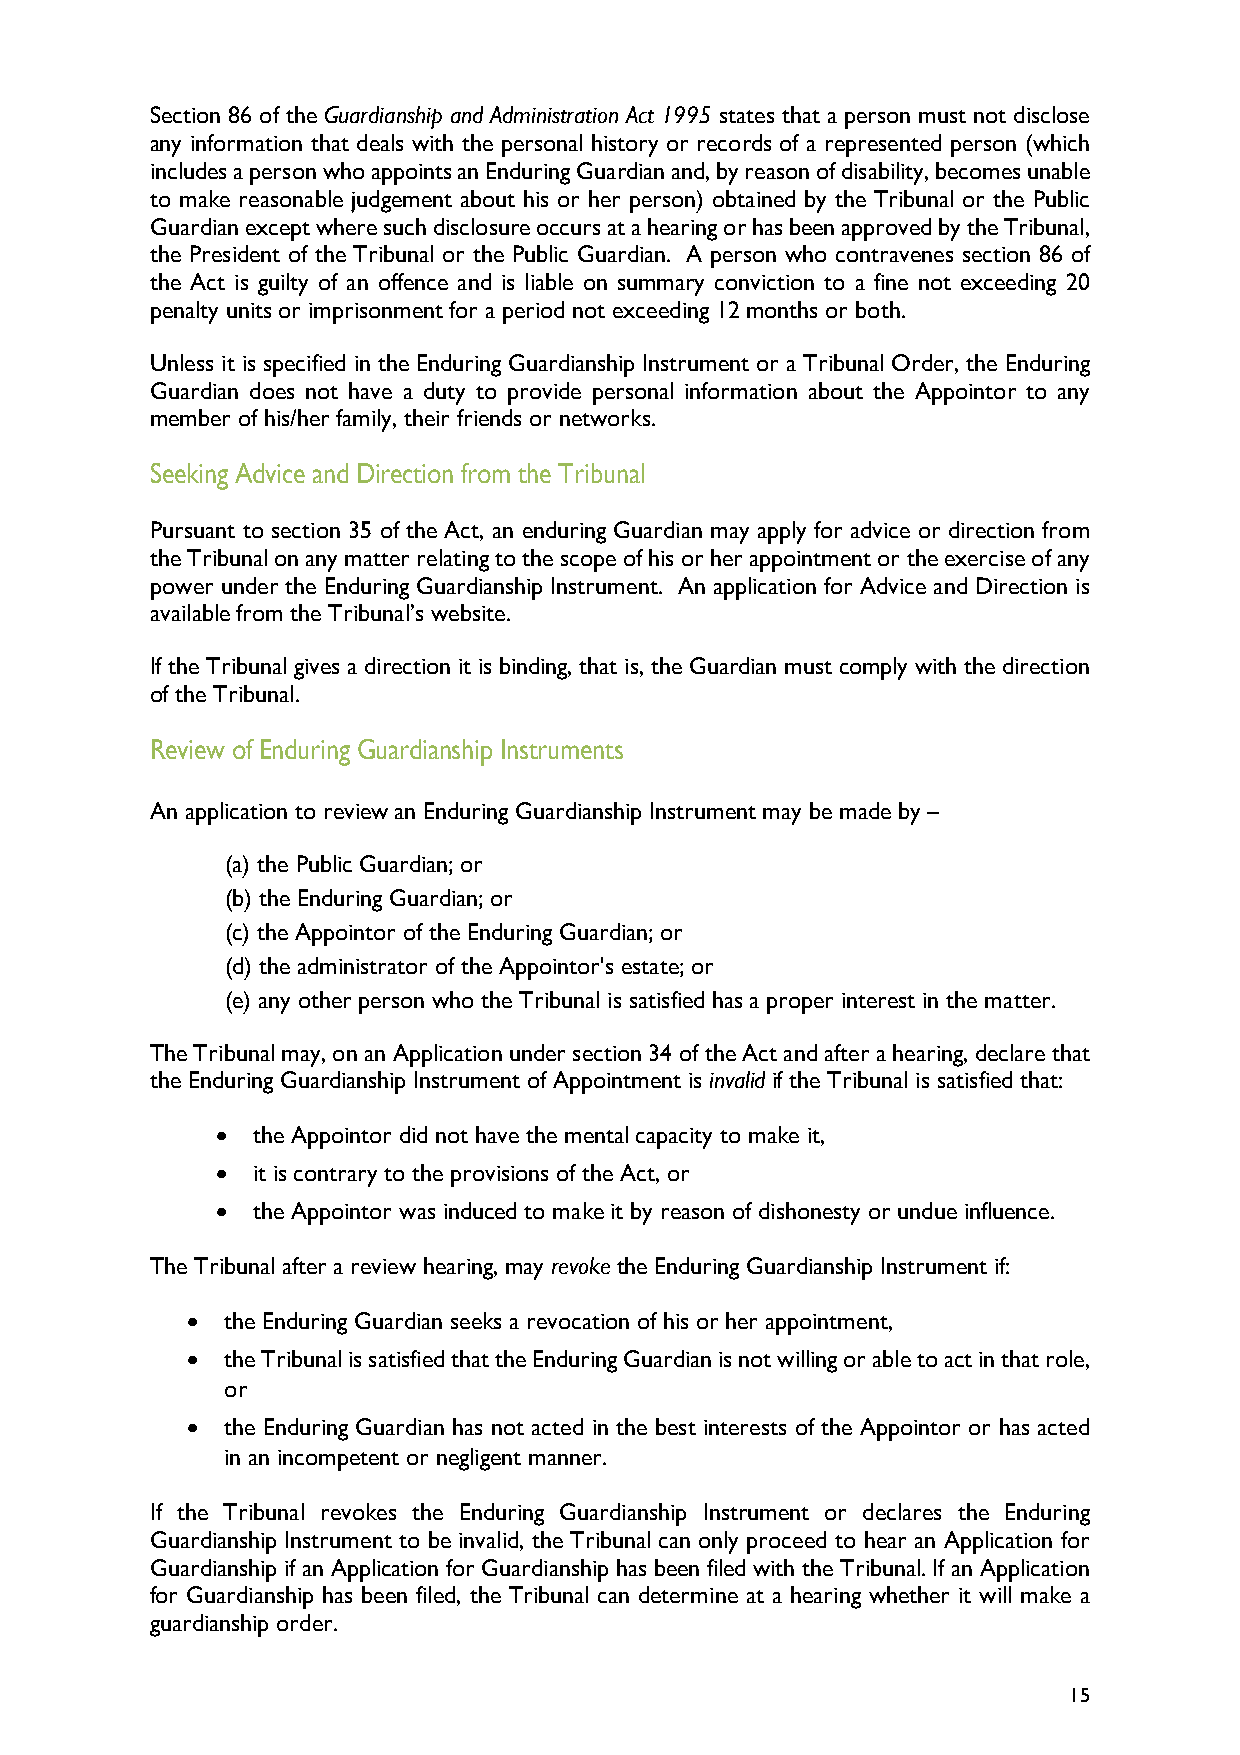
Section 86 of the Guardianship and Administration Act 1995 states that a person must not disclose
 any information that deals with the personal history or records of a represented person (which
 includes a person who appoints an Enduring Guardian and, by reason of disability, becomes unable
 to make reasonable judgement about his or her person) obtained by the Tribunal or the Public
 Guardian except where such disclosure occurs at a hearing or has been approved by the Tribunal,
 the President of the Tribunal or the Public Guardian. A person who contravenes section 86 of
 the Act is guilty of an offence and is liable on summary conviction to a fine not exceeding 20
 penalty units or imprisonment for a period not exceeding 12 months or both.
 Unless it is specified in the Enduring Guardianship Instrument or a Tribunal Order, the Enduring
 Guardian does not have a duty to provide personal information about the Appointor to any
 member of his/her family, their friends or networks.
 Seeking Advice and Direction from the Tribunal
 Pursuant to section 35 of the Act, an enduring Guardian may apply for advice or direction from
 the Tribunal on any matter relating to the scope of his or her appointment or the exercise of any
 power under the Enduring Guardianship Instrument. An application for Advice and Direction is
 available from the Tribunal’s website.
 If the Tribunal gives a direction it is binding, that is, the Guardian must comply with the direction
 of the Tribunal.
 Review of Enduring Guardianship Instruments
 An application to review an Enduring Guardianship Instrument may be made by –
 (a) the Public Guardian; or
 (b) the Enduring Guardian; or
 (c) the Appointor of the Enduring Guardian; or
 (d) the administrator of the Appointor's estate; or
 (e) any other person who the Tribunal is satisfied has a proper interest in the matter.
 The Tribunal may, on an Application under section 34 of the Act and after a hearing, declare that
 the Enduring Guardianship Instrument of Appointment is invalid if the Tribunal is satisfied that:
 •  the Appointor did not have the mental capacity to make it,
 •  it is contrary to the provisions of the Act, or
 •  the Appointor was induced to make it by reason of dishonesty or undue influence.
 The Tribunal after a review hearing, may revoke the Enduring Guardianship Instrument if:
 •  the Enduring Guardian seeks a revocation of his or her appointment,
 •  the Tribunal is satisfied that the Enduring Guardian is not willing or able to act in that role,
 or
 •  the Enduring Guardian has not acted in the best interests of the Appointor or has acted
 in an incompetent or negligent manner.
 If the Tribunal revokes the Enduring Guardianship Instrument or declares the Enduring
 Guardianship Instrument to be invalid, the Tribunal can only proceed to hear an Application for
 Guardianship if an Application for Guardianship has been filed with the Tribunal. If an Application
 for Guardianship has been filed, the Tribunal can determine at a hearing whether it will make a
 guardianship order.
 15